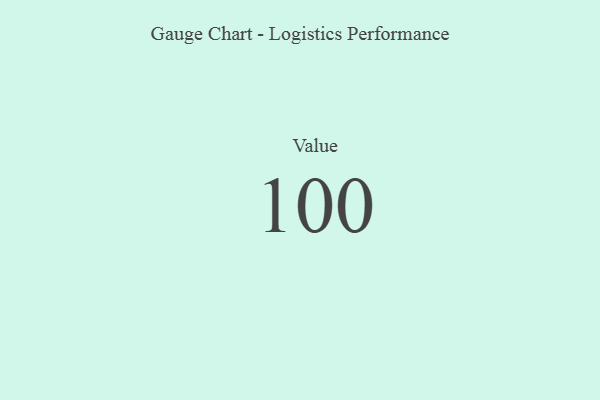
{"axis": {"x": "Metric", "y": "Value"}, "legend": [""], "data": [{"x": "Value", "y": 100, "type": ""}]}